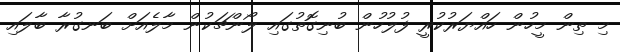
މި ތިން މީހުން ހައްޔަރުކުރީ ފުލުހުން ބުނިގޮތުގައި ލޯންޗަކުން މާލެއަށް ބަނގުރާ ބާލައި